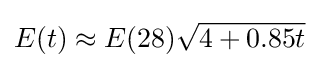
E(t)\approx E(28){\sqrt {4+0.85t}}